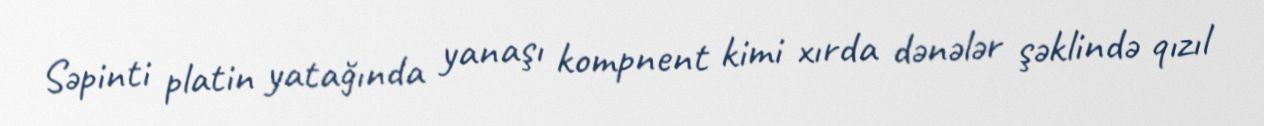
Səpinti platin yatağında yanaşı kompnent kimi xırda dənələr şəklində qızıl